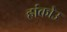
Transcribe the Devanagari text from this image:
हांकोउ